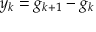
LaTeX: y _ { k } = g _ { k + 1 } - g _ { k }